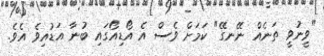
"ވީނުވީ ތަނެއް ނޭނގޭ" ކަމަށް ވެސް އެ އޯޑިއޯގައި ބުނާ އަޑުއިވެ އެވެ.